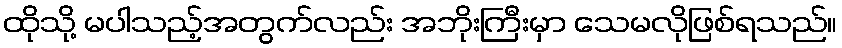
ထိုသို့ မပါသည့်အတွက်လည်း အဘိုးကြီးမှာ သေမလိုဖြစ်ရသည်။